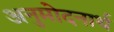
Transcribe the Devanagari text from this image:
अनुमोदनार्थ